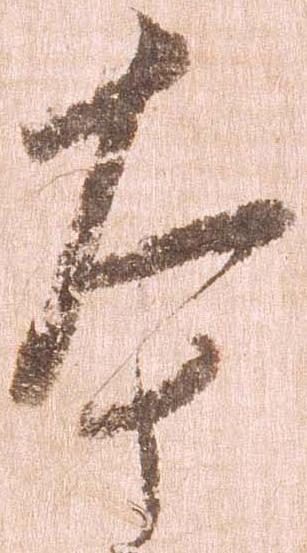
本